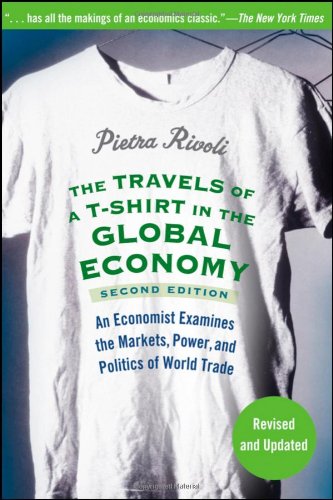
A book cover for The Travels of a T-Shirt in the Global Economy: An Economist Examines the Markets, Power and Politics of the World Trade, 2nd Edition; Pietra Rivoli; Business & Money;